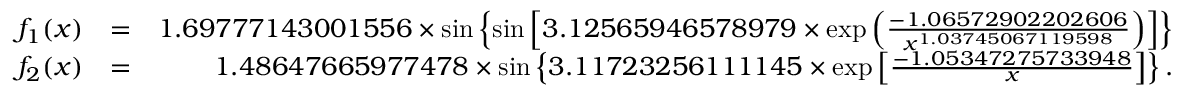
\begin{array} { r l r } { f _ { 1 } ( x ) } & { = } & { 1 . 6 9 7 7 7 1 4 3 0 0 1 5 5 6 \times \sin \left\{ \sin \left[ 3 . 1 2 5 6 5 9 4 6 5 7 8 9 7 9 \times \exp \left( \frac { - 1 . 0 6 5 7 2 9 0 2 2 0 2 6 0 6 } { x ^ { 1 . 0 3 7 4 5 0 6 7 1 1 9 5 9 8 } } \right) \right] \right\} } \\ { f _ { 2 } ( x ) } & { = } & { 1 . 4 8 6 4 7 6 6 5 9 7 7 4 7 8 \times \sin \left\{ 3 . 1 1 7 2 3 2 5 6 1 1 1 1 4 5 \times \exp \left[ \frac { - 1 . 0 5 3 4 7 2 7 5 7 3 3 9 4 8 } { x } \right] \right\} . } \end{array}